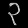
Digit: ၃